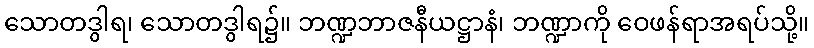
သောတဒွါရ၊ သောတဒွါရ၌။ ဘဏ္ဍဘာဇနီယဋ္ဌာနံ၊ ဘဏ္ဍာကို ဝေဖန်ရာအရပ်သို့။